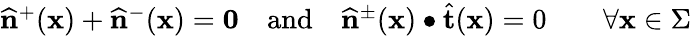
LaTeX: \begin{array}{r}{\widehat{\mathbf{n}}^{+}(\mathbf{x})+\widehat{\mathbf{n}}^{-}(\mathbf{x})=\mathbf{0}\quad\mathrm{and}\quad\widehat{\mathbf{n}}^{\pm}(\mathbf{x})\bullet\widehat{\mathbf{t}}(\mathbf{x})=0\qquad\forall\mathbf{x}\in\Sigma}\end{array}